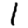
Digit: 1